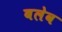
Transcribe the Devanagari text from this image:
बलेव